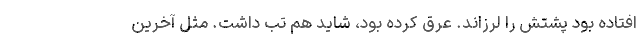
افتاده بود پشتش را لرزاند. عرق کرده بود، شاید هم تب داشت. مثل آخرین